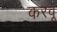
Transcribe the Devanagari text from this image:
करवू